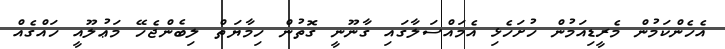
އެހެންކަމުން މެރީޑިއަމުން ހުށަހެޅި އެމައްސަލާގައި ގާނޫނީ ގޮތުން ހިމާޔަތް ލިބެންޖެހޭ މަޢުލޫއީ ހައްގެއް